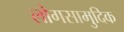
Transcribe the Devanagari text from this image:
लोगसामुदिक